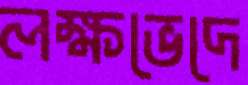
লক্ষভেদে